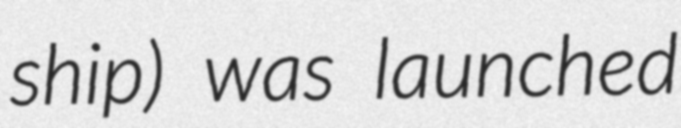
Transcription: ship) was launched